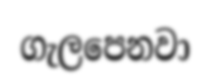
ගැලපෙනවා